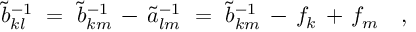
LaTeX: \tilde { b } _ { k l } ^ { - 1 } ~ = ~ \tilde { b } _ { k m } ^ { - 1 } \, - \, \tilde { a } _ { l m } ^ { - 1 } ~ = ~ \tilde { b } _ { k m } ^ { - 1 } \, - \, f _ { k } \, + \, f _ { m } ~ ~ ~ ,